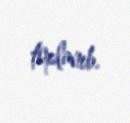
toplanıb.